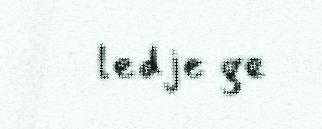
ledje ge